Annual report on the health of the army in India
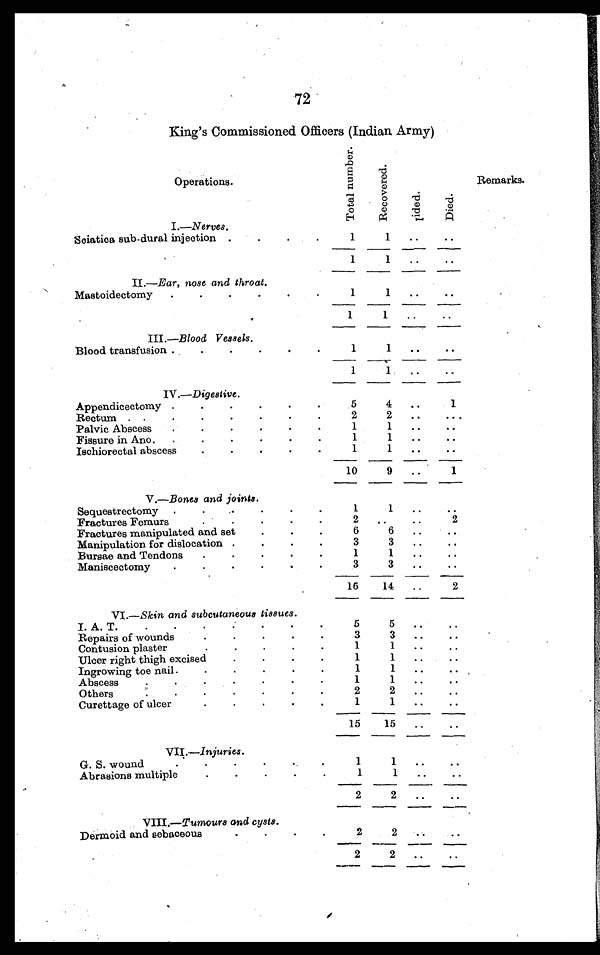
72
King's Commissioned Officers (Indian Army)
Operations
T o t a l n u m b e r .
R e c o v e r e d
L i d e d .
D i e d .
Remarks.
I .—Nerves.
Sciatica sub-dural injection . . .
1
1 . . .
. . .
1
1
. . .
. . .
II.—Ear, nose and throat.
Mastoidectomy
. . .
1
1
. . .
. . .
1
1
. . .
. . .
III.—Blood Vessels.
Blood transfusion . . .
1
1
. . .
. . .
1
1
. . .
. . .
IV.—Digestive.
Appendicectomy . . .
5
4
. . .
1
Rectum . . .
2
2 . . .
. . .
Palvic Abscess
. . .
1
1
. . .
. . .
1
1
. . .
. . .
Fissure in Ano . . .
Ischiorectal abscess
. . .
1
1
. . .
. . .
10
9
. . .
1
V.—Bones and joints.
Sequestrectomy . . .
1
1
. . .
. . .
Fractures Femurs . . .
2
. . .
. . .
2
Fractures manipulated and set
. . .
6
6
. . .
. . .
Manipulation for dislocation . . .
3
3
. . .
. . .
Bursae and Tendons
. . .
1
1
. . .
. . .
Maniscectomy
. . .
3
3
. . .
. . .
16
14
. . .
2
VI.—Skin and subcutaneous tissues.
I. A. T. . . .
5
5
. . .
. . .
Repairs of wounds . . .
3
3
. . .
. . .
Contusion plaster . . .
1
1
. . .
. . .
Ulcer right thigh excised
. . .
1
1
. . .
. . .
Ingrowing toe nail . . .
1
1
. . .
. . .
Abscess . . .
1
1 . . .
. . .
Others . . .
2
2
. . .
. . .
Curettage of ulcer. . .
1
1
. . .
. . .
15
15
. . .
. . .
VII.—Injuries.
G. S. wound . . .
1
1
. . .
. . .
Abrasions multiple . . .
1
1
. . .
. . .
2
2
. . .
. . .
Dermoid and sebaceous . . .
2
2 . . .
. . .
2
2
. . .
. . .